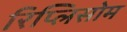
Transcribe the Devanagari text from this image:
रिप्लिसोम